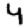
Digit: 4